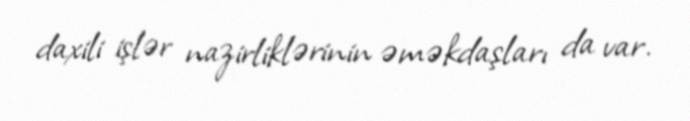
daxili işlər nazirliklərinin əməkdaşları da var.